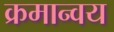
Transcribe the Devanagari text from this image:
क्रमान्वय